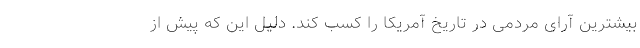
بیشترین آرای مردمی در تاریخ آمریکا را کسب کند. دلیل این که پیش از